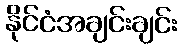
နိုင်ငံအချင်းချင်း